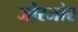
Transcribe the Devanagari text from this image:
जोरजोर